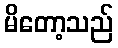
မိတော့သည်